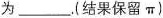
为___.(结果保留π)